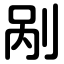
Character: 剐